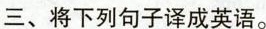
三、将下列句子译成英语。